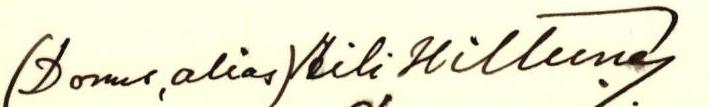
(Domus, alias)Aili Hiltunen